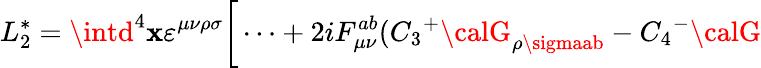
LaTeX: L_{2}^{*}=\intd^{4}\mathbf{x}\varepsilon^{\mu\nu\rho\sigma}\bigg[\dots+2iF_{\mu\nu}^{ab}(C_{3}{^+}{\calG}_{\rho\sigmaab}-C_{4}{^-}{\calG}